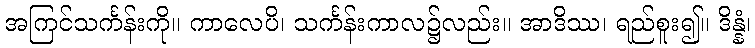
အကြင်သင်္ကန်းကို။ ကာလေပိ၊ သင်္ကန်းကာလ၌လည်း။ အာဒိဿ၊ ရည်စူး၍။ ဒိန္နံ၊